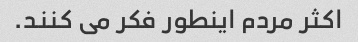
اکثر مردم اینطور فکر می کنند.